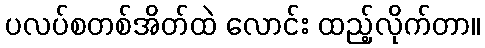
ပလပ်စတစ်အိတ်ထဲ လောင်း ထည့်လိုက်တာ။